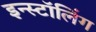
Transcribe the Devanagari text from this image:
इन्स्टॉलिंग